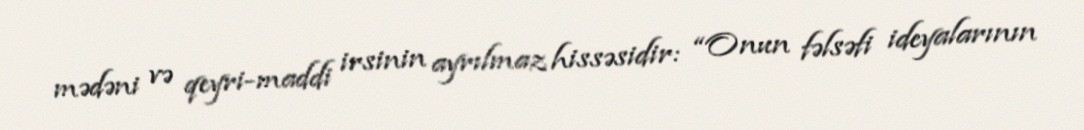
mədəni və qeyri-maddi irsinin ayrılmaz hissəsidir: “Onun fəlsəfi ideyalarının